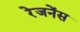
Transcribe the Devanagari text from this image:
रेजनेंस